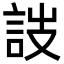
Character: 詜